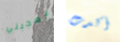
يعجبني أكدت